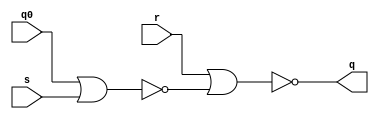
`timescale 1ns / 1ps

//   RS- 
//   -   q0

module rs_latch_nor_wis(
    input r, s,
    input q0,
    output reg q);

always @*
    q = ~(r | ~(q0 | s));

endmodule